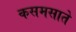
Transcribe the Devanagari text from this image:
कसमसाते